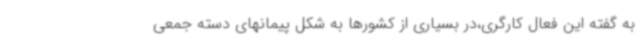
به گفته این فعال کارگری،در بسیاری از کشورها به شکل پیمانهای دسته جمعی